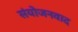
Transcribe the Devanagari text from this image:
संयोजनवाद